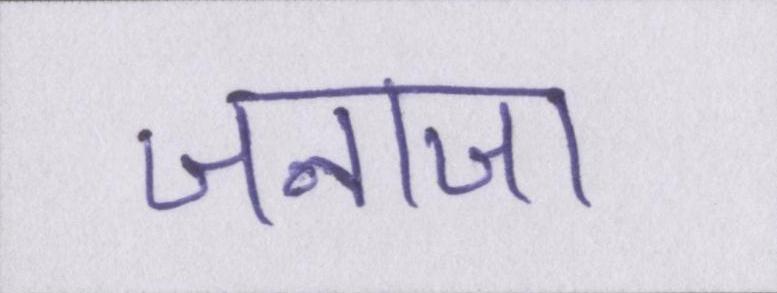
जनाजा